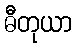
ဓီတုယာ